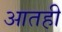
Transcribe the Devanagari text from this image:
आतही